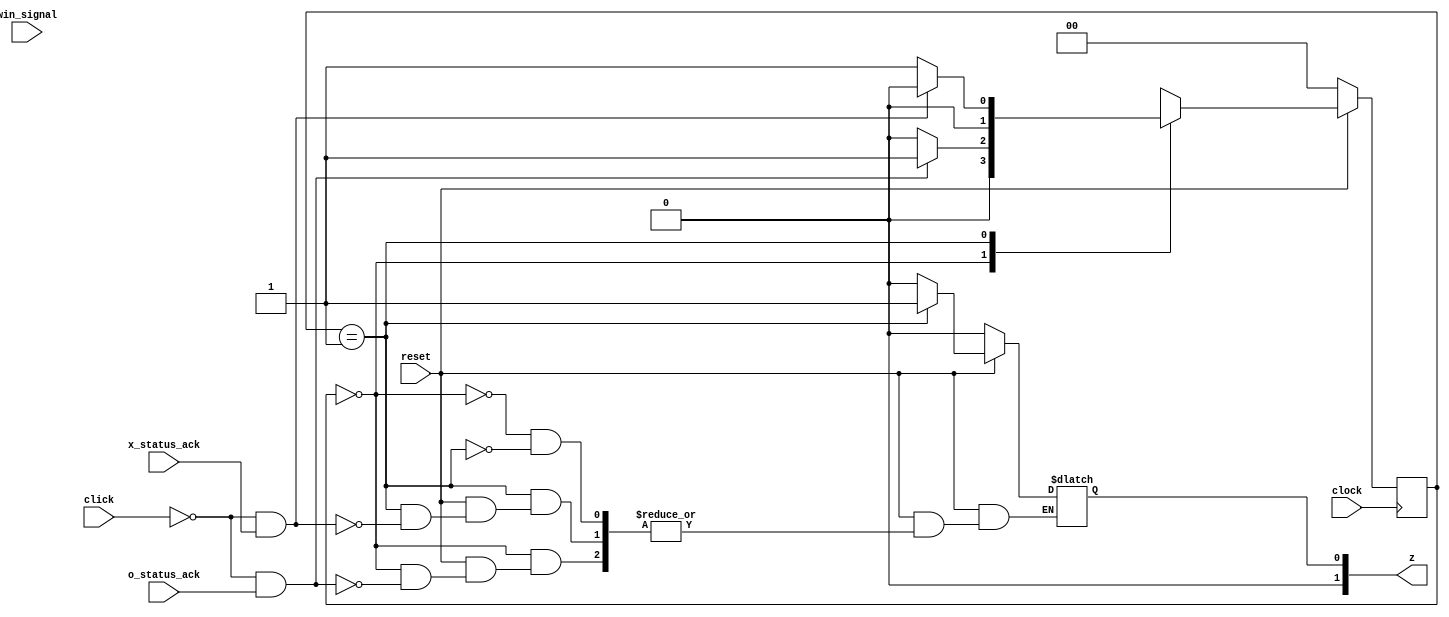
module game_state_machine (
	input 					clock,
	input 					reset,
	input 					win_signal,
	input 					click,
	input 					o_status_ack,
	input 					x_status_ack,
	
	output reg 		[1:0] z=2'b01
);

reg 					[1:0] state=2'b00;
reg 					[1:0] next_state;

localparam 					o_turn = 2'b00;
localparam 					x_turn = 2'b01;
localparam 					gameover = 2'b10;

always @(click  or reset)begin

	/* cypher the state */
	if (reset==1'b0) begin
			z = 2'b00;
			next_state = o_turn;
	end else begin
	
			case (state)
			/* give x the move after o moved */
				o_turn: begin
						if (click==0&&o_status_ack==1)begin
								z = 2'b00;
								next_state = x_turn;
						end else begin
								next_state = o_turn;
						end
				end
				
			/* vise versa */
				x_turn: begin
						if ((click==0&&x_status_ack==1))begin
								z = 2'b01;
								next_state = o_turn;
						end else begin
								next_state = x_turn;
						end
				end
				
				default: begin
						next_state = 2'bxx;
				end
			endcase
	end
end
	
always @(posedge clock) begin 
	if (reset==1'b0) begin
			state <= o_turn;
	end else begin
			state <= next_state;
	end
end

endmodule